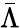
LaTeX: \bar{\Lambda}